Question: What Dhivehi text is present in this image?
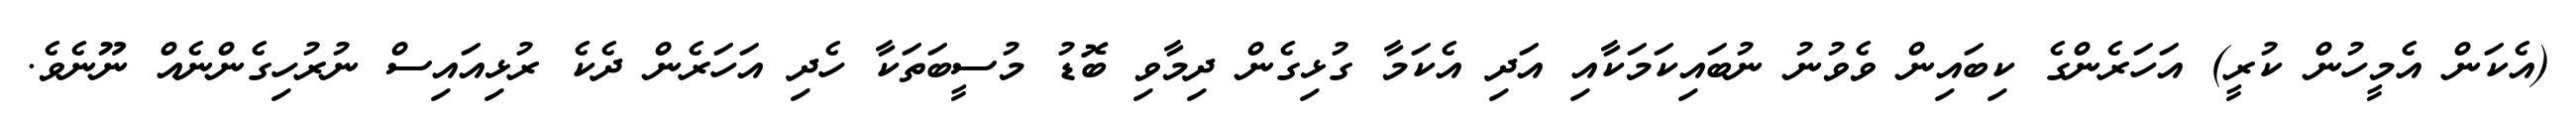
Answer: (އެކަން އެމީހުން ކުރީ) އަހަރެންގެ ކިބައިން ވެވުނު ނުބައިކަމަކާއި އަދި އެކަމާ ގުޅިގެން ދިމާވި ބޮޑު މުސީބަތަކާ ހެދި އަހަރެން ދެކެ ރުޅިއައިސް ނުރުހިގެންނެއް ނޫނެވެ.